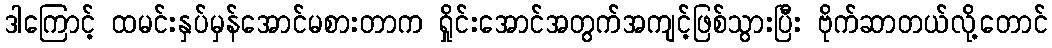
ဒါကြောင့် ထမင်းနှပ်မှန်အောင်မစားတာက ရှိုင်းအောင်အတွက်အကျင့်ဖြစ်သွားပြီး ဗိုက်ဆာတယ်လို့တောင်